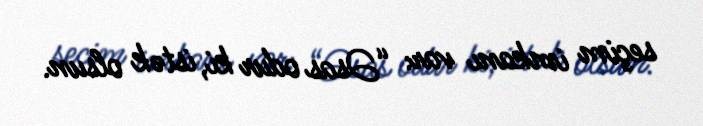
seçim imkanı var: “Əsas odur ki, istək olsun.